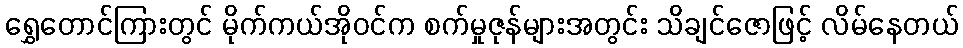
ရွှေတောင်ကြားတွင် မိုက်ကယ်အိုဝင်က စက်မှုဇုန်များအတွင်း သိချင်ဇောဖြင့် လိမ်နေတယ်